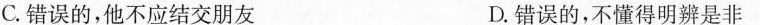
C.错误的，他不应结交朋友 D.错误的，不懂得明辨是非